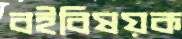
বইবিষয়ক